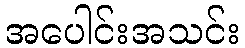
အပေါင်းအသင်း